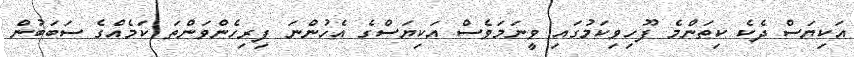
އަކިޔަސް ދެކެ ކިތަންމެ ފޫހިވިކަމުގައި ވީނަމަވެސް އަކިޔަސްގެ އެހުންނަ ފިރިހެންވަންތަ ކަމެއްގެ ސަބަބުން